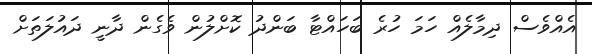
އެއްވެސް ދިމާލެއް ހަމަ ހުރެ ބަހައްޓާ ބަންދު ކޮށްލުން ވެގެން ދާނީ ދައުލަތަށް